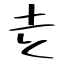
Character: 赱